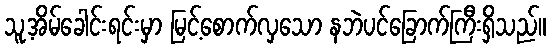
သူ့အိမ်ခေါင်းရင်းမှာ မြင့်စောက်လှသော နဘဲပင်ခြောက်ကြီးရှိသည်။